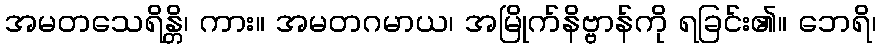
အမတသေရိန္တိ၊ ကား။ အမတဂမာယ၊ အမြိုက်နိဗ္ဗာန်ကို ရခြင်း၏။ ဘေရိ၊